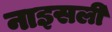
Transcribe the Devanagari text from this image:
नाइसली